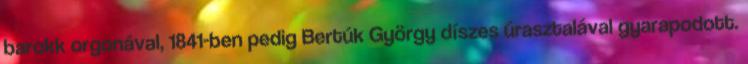
barokk orgonával, 1841-ben pedig Bertúk György díszes úrasztalával gyarapodott.